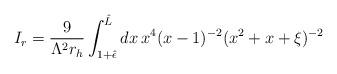
LaTeX: \begin{align*}I_{r}=\frac {9}{\Lambda ^{2}r_{h}} \int _{1+{\hat {\epsilon }}}^{{\hat {L}}}dx \, x^{4}(x-1)^{-2} (x^{2}+x+\xi )^{-2}\end{align*}